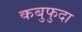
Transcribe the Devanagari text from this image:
कबुफुदा